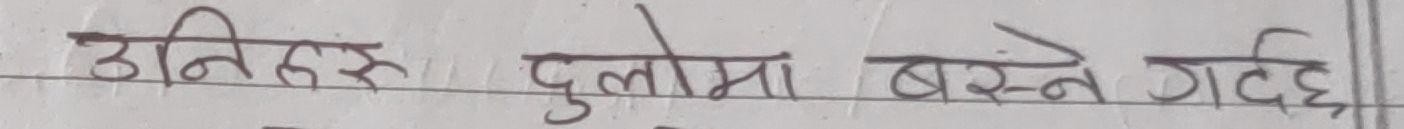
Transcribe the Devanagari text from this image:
ठनिहरु दुलोमा बस्ने गर्दछ ।